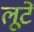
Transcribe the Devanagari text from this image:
लूटें